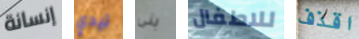
إنسانة تيدي بنى للاطفال اقذف